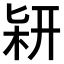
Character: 𠤡